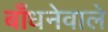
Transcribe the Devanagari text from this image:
बाँधनेवाले